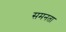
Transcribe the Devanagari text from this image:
समनता